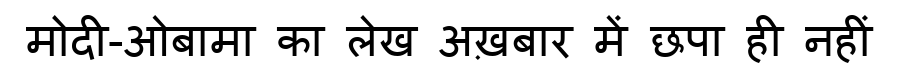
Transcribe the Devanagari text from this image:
मोदी-ओबामा का लेख अख़बार में छपा ही नहीं